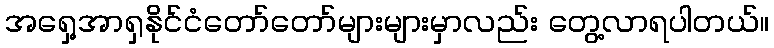
အရှေ့အာရှနိုင်ငံတော်တော်များများမှာလည်း တွေ့လာရပါတယ်။